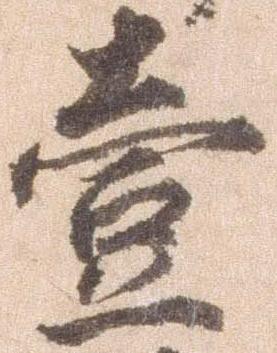
壱